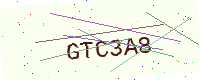
Text: GTC3A8